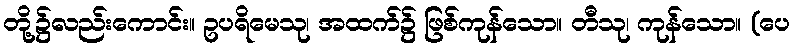
တို့၌လည်းကောင်း။ ဥပရိမေသု၊ အထက်၌ ဖြစ်ကုန်သော။ တီသု၊ ကုန်သော။ (ပေ